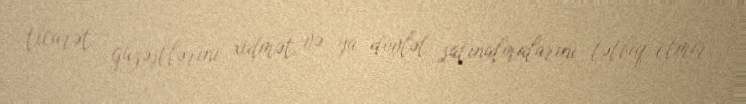
ticarət güzəştlərini, xidmət və ya dövlət satınalmalarını tətbiq etmir.